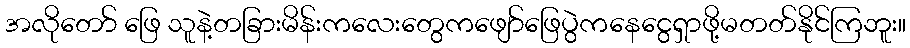
အလိုတော် ဖြေ သူနဲ့တခြားမိန်းကလေးတွေကဖျော်ဖြေပွဲကနေငွေရှာဖို့မတတ်နိုင်ကြဘူး။